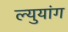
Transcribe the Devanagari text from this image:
ल्युयांग